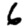
Digit: 6